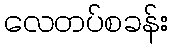
လေတပ်စခန်း